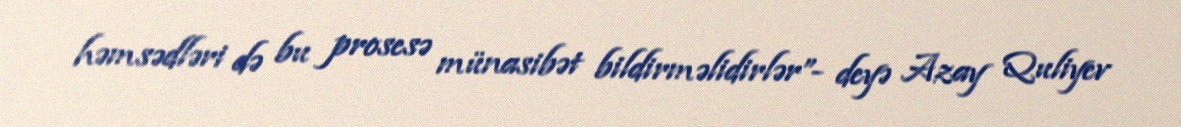
həmsədləri də bu prosesə münasibət bildirməlidirlər”- deyə Azay Quliyev